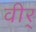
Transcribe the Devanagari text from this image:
वीर्